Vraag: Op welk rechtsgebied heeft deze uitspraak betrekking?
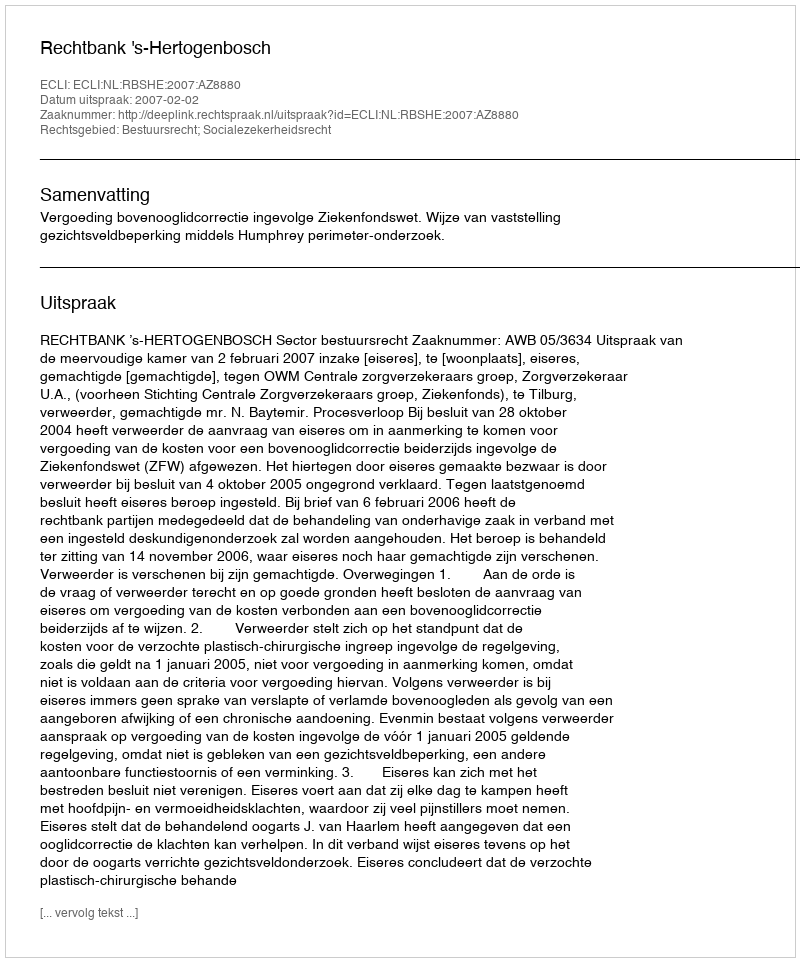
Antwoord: Bestuursrecht; Socialezekerheidsrecht